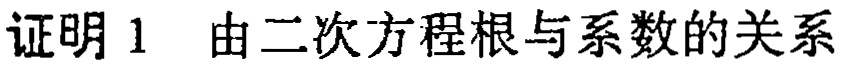
证明 1  由二次方程根与系数的关系